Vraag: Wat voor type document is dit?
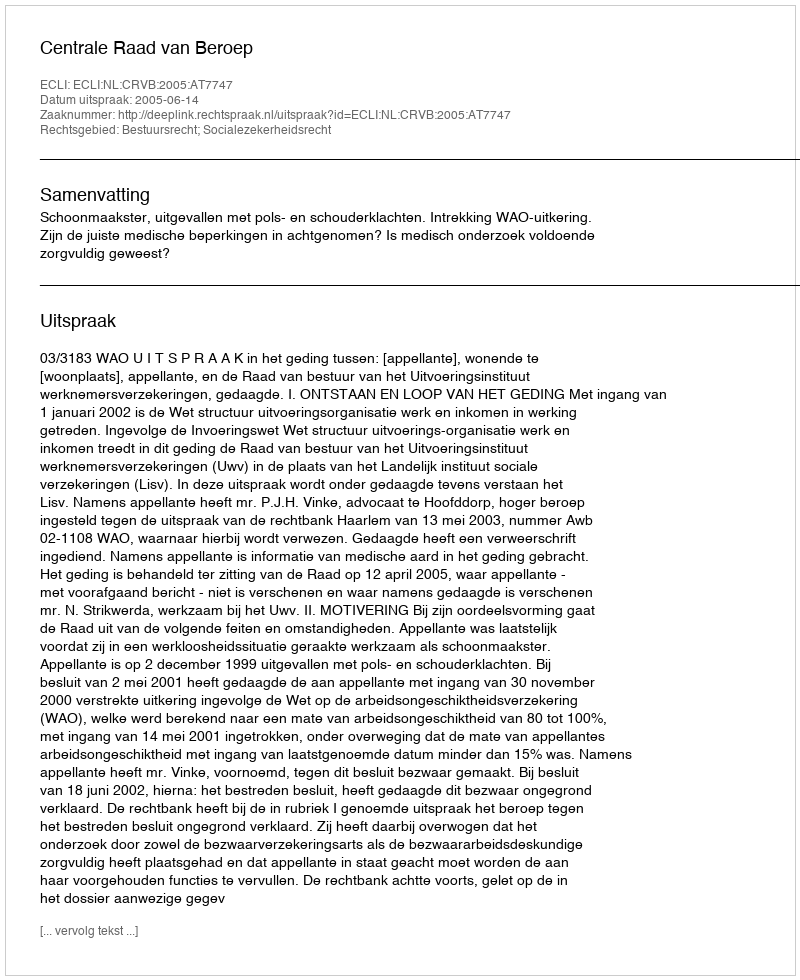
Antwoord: Uitspraak